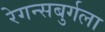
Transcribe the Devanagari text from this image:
रेगन्सबुर्गला